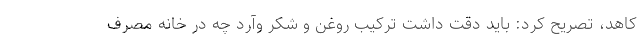
کاهد، تصریح کرد: باید دقت داشت ترکیب روغن و شکر وآرد چه در خانه مصرف